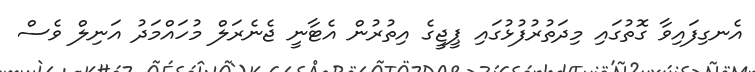
އެނގިފައިވާ ގޮތުގައި މިދަތުރުފުޅުގައި ޕީޖީގެ އިތުރުން އެޓާނީ ޖެނެރަލް މުހައްމަދު އަނިލް ވެސް